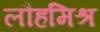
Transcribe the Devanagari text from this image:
लौहमिश्र